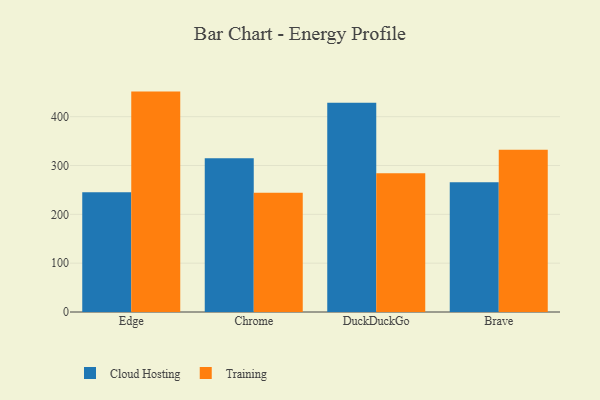
{"axis": {"x": "Browser", "y": "Backlog"}, "legend": ["Cloud Hosting", "Training"], "data": [{"x": "Edge", "y": 245.3, "type": "Cloud Hosting"}, {"x": "Edge", "y": 451.3, "type": "Training"}, {"x": "Chrome", "y": 315.0, "type": "Cloud Hosting"}, {"x": "Chrome", "y": 244.3, "type": "Training"}, {"x": "DuckDuckGo", "y": 428.7, "type": "Cloud Hosting"}, {"x": "DuckDuckGo", "y": 284.2, "type": "Training"}, {"x": "Brave", "y": 265.7, "type": "Cloud Hosting"}, {"x": "Brave", "y": 332.2, "type": "Training"}]}